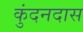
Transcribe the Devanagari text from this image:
कुंदनदास